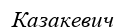
Казакевич